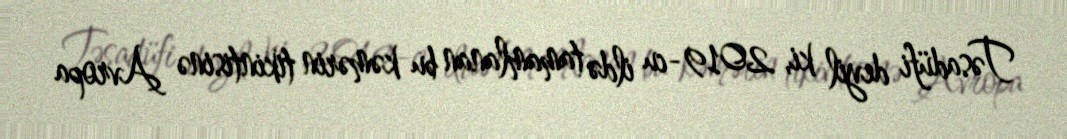
Təsadüfi deyil ki, 2019-cu ildə tamamlanan bu kəmərin tikintisinə Avropa